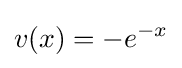
v(x)=-e^{-x}